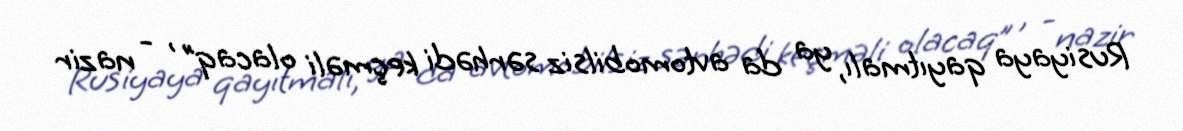
Rusiyaya qayıtmalı, ya da avtomobilsiz sərhədi keçməli olacaq” , - nazir